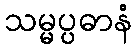
သမ္မပ္ပဓာနံ